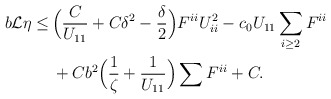
\begin{align*}\begin{aligned} b \mathcal{L} \eta \leq \,& \Big(\frac{C}{U_{11}} + C \delta^2- \frac{\delta}{2}\Big) F^{ii} U_{ii}^2 - c_0 U_{11} \sum_{i \geq 2} F^{ii} \\ & + C b^2 \Big(\frac{1}{\zeta} + \frac{1}{U_{11}}\Big) \sum F^{ii} + C.\end{aligned}\end{align*}